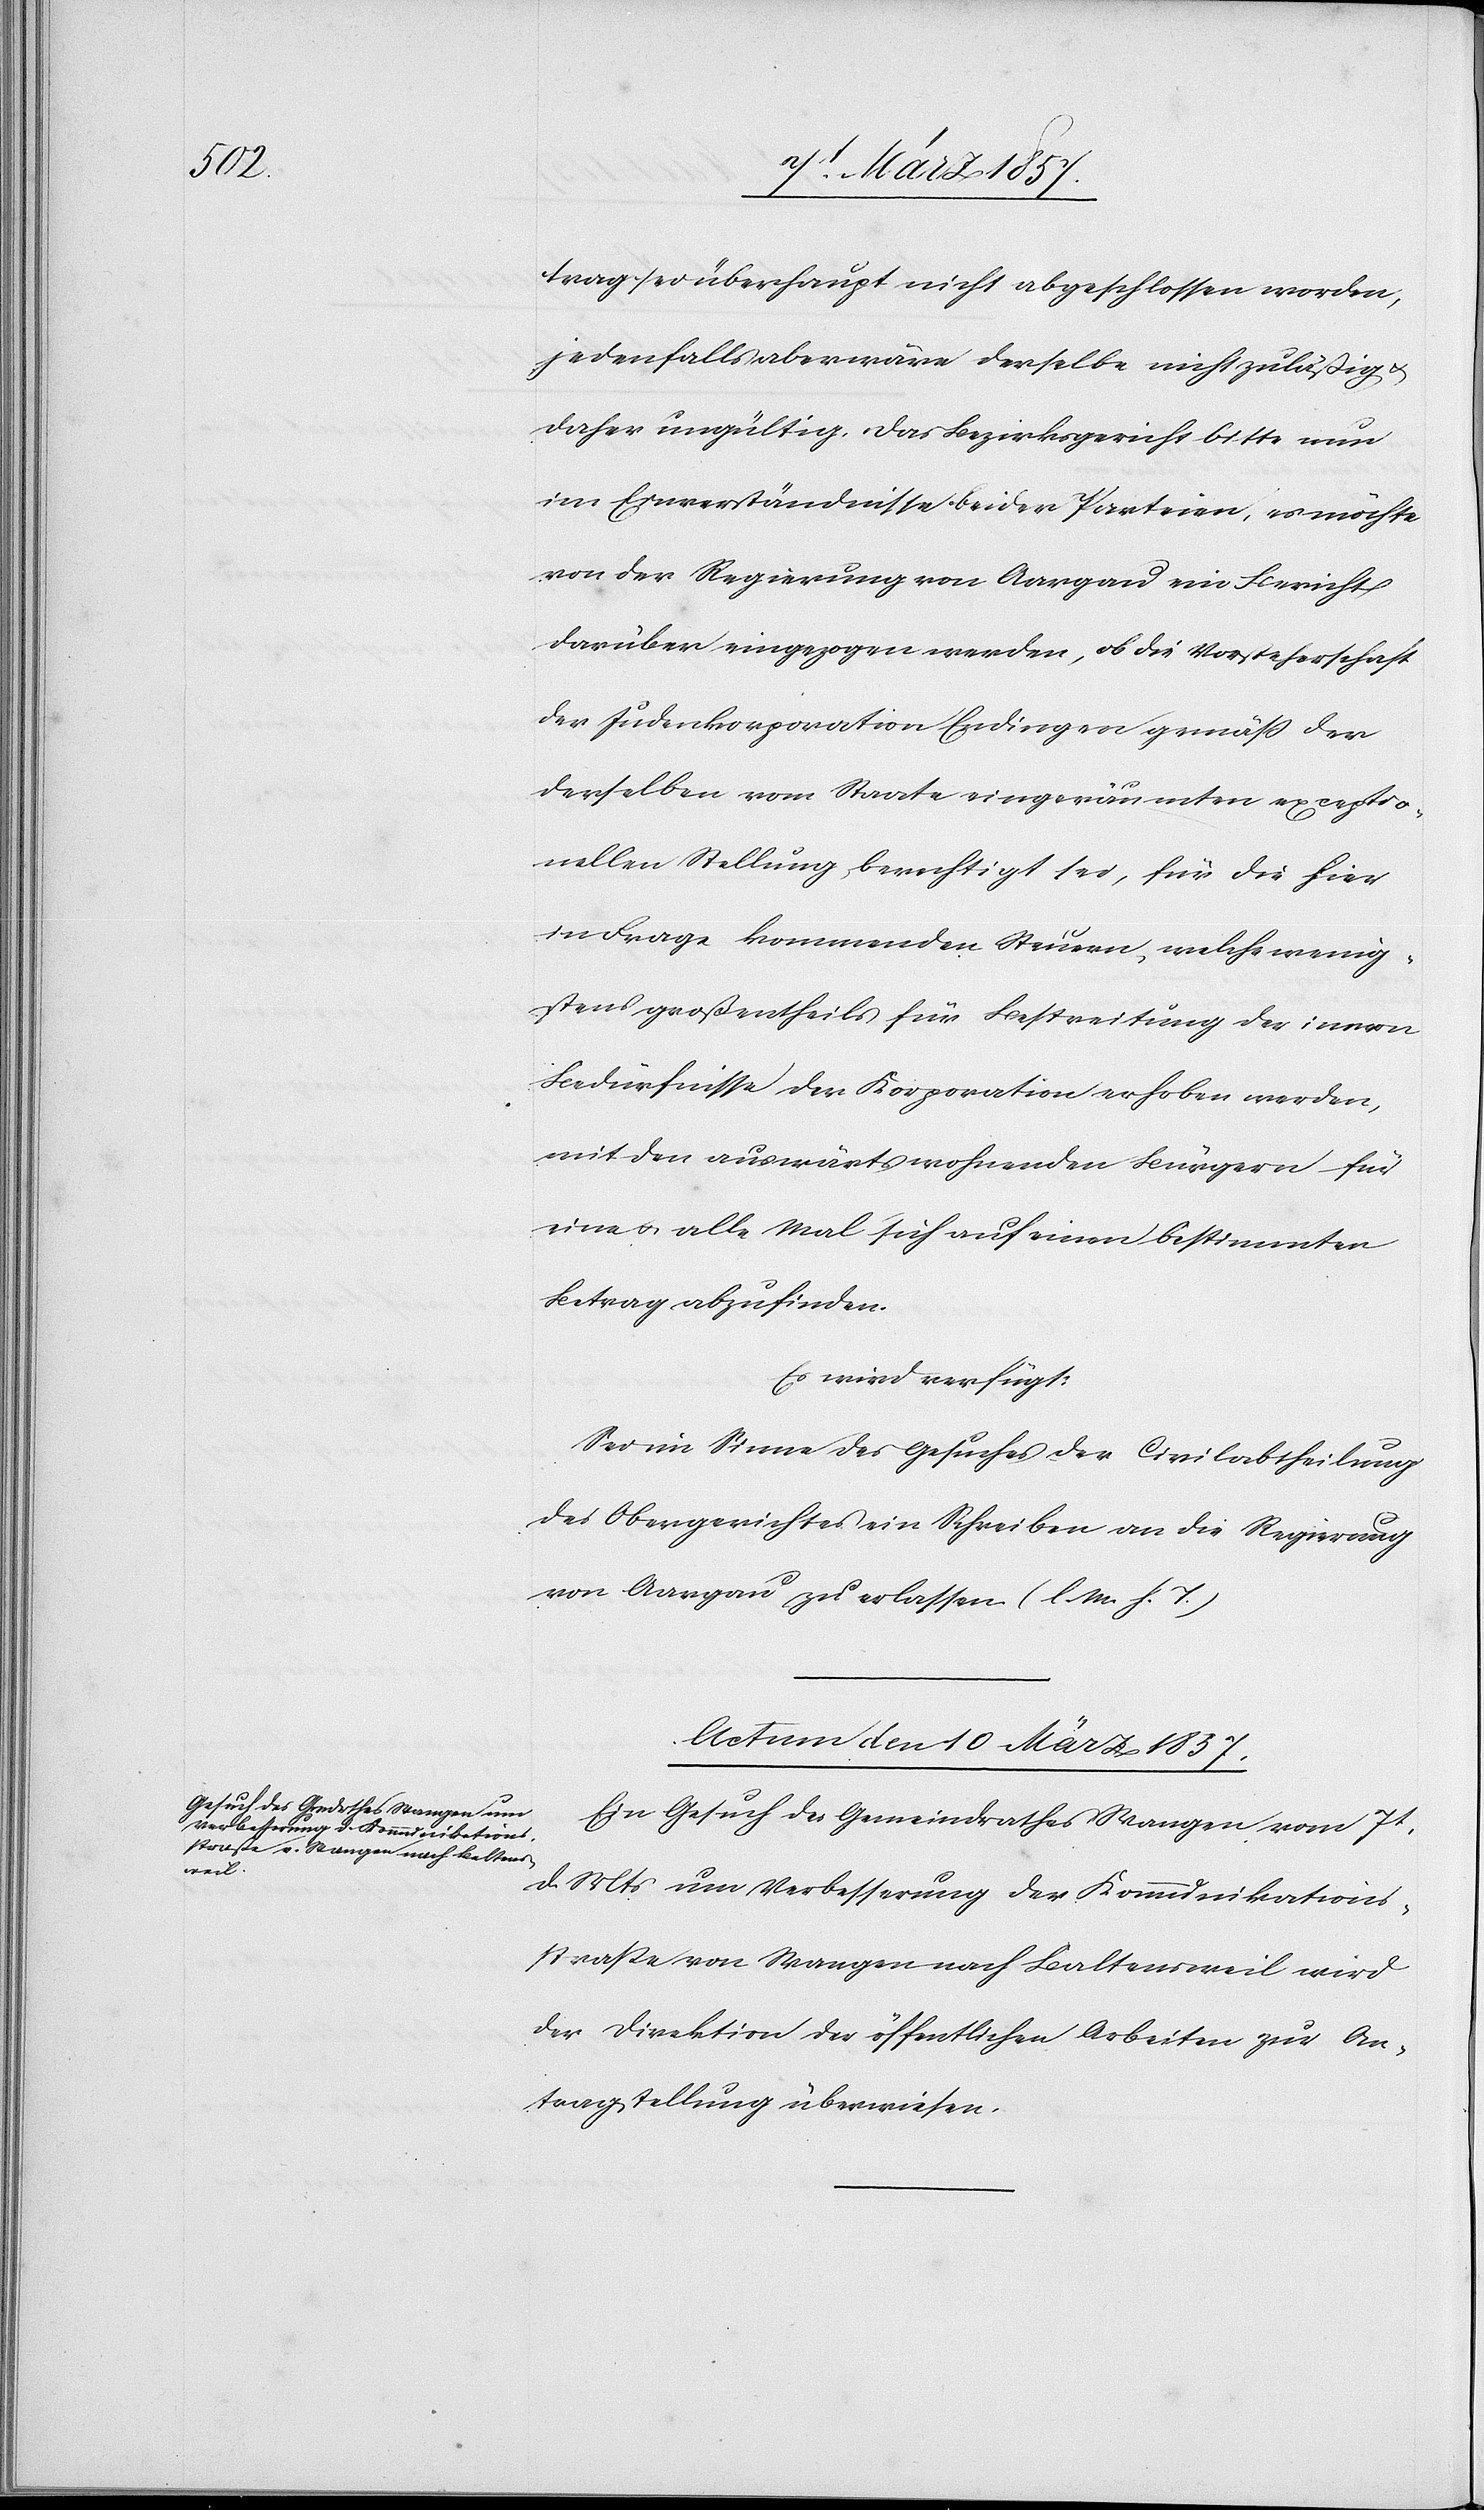
trag sei überhaupt nicht abgeschlossen worden,
jedenfalls aber wäre derselbe nicht zuläßig u.
daher ungültig. Das Bezirksgericht bitte nun
im Einverständnisse beider Parteien, es möchte
von der Regierung von Aargau ein Bericht
darüber eingezogen werden, ob die Vorsteherschaft
der Judenkorporation Endingen gemäß der
derselben vom Staate eingeräumten exceptio¬
nellen Stellung berechtigt sei, für die hier
in Frage kommenden Steuern, welche wenig¬
stens großentheils für Bestreitung der innern
Bedürfnisse der Korporation erhoben werden,
mit den auswärts wohnenden Bürgern für
eine u. alle Mal sich auf einen bestimmten
Betrag abzufinden.
Es wird verfügt:
Sei im Sinne des Gesuches der Civilabtheilung
des Obergerichtes ein Schreiben an die Regierung
von Aargau zu erlassen. (l. M. h. T.)
Actum den 10 März 1857.
Ein Gesuch des Gemeindrathes Wangen, vom 7t
d. Mts um Verbesserung der Kommunikations¬
straße von Wangen nach Baltensweil wird
der Direktion der öffentlichen Arbeiten zur An¬
tragstellung überwiesen.